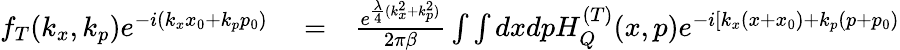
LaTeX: \begin{array}{rlr}{f_{T}(k_{x},k_{p})e^{-i(k_{x}x_{0}+k_{p}p_{0})}}&{{}=}&{\frac{e^{\frac{\lambda}{4}(k_{x}^{2}+k_{p}^{2})}}{2\pi\beta}\int\int dxdpH_{Q}^{(T)}(x,p)e^{-i[k_{x}(x+x_{0})+k_{p}(p+p_{0})}}\end{array}